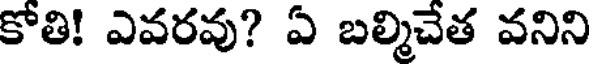
కోతి! ఎవరవు? ఏ బల్మిచేత వనిని